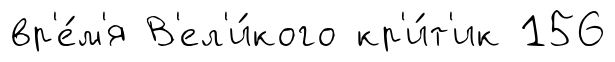
вр'е́м'я В'ел'и́кого кр'и́т'ик 156